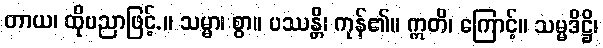
တာယ၊ ထိုပညာဖြင့်.။ သမ္မာ၊ စွာ။ ပဿန္တိ၊ ကုန်၏။ ဣတိ၊ ကြောင့်။ သမ္မဒိဋ္ဌိ၊